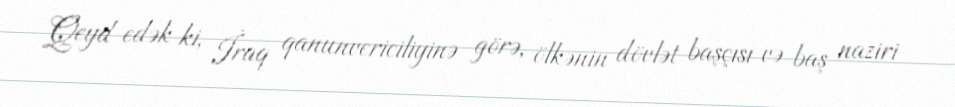
Qeyd edək ki, İraq qanunvericiliyinə görə, ölkənin dövlət başçısı və baş naziri